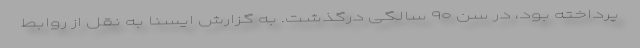
پرداخته بود، در سن ۹۰ سالگی درگذشت. به گزارش ایسنا به نقل از روابط